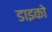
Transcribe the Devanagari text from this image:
डाइको